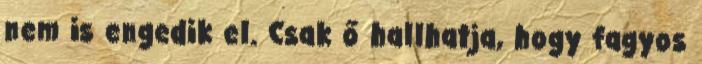
nem is engedik el. Csak ő hallhatja, hogy fagyos